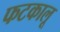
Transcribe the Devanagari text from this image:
फटकालू